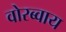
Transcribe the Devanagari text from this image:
वोरब्वाय